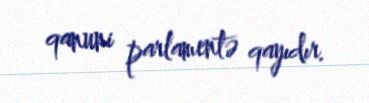
qanuni parlamentə qayıdır.